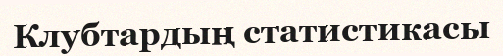
Клубтардың статистикасы